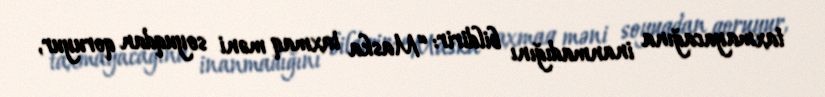
taxmayacağına inanmadığını bildirir: “Maska taxmaq məni soyuqdan qoruyur,